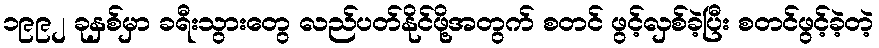
၁၉၉၂ ခုနှစ်မှာ ခရီးသွားတွေ လည်ပတ်နိုင်ဖို့အတွက် စတင် ဖွင့်လှစ်ခဲ့ပြီး စတင်ဖွင့်ခဲ့တဲ့